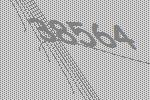
38564